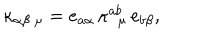
\kappa _ { \alpha \beta \ \mu } = e _ { a \alpha } \, \kappa _ { \ \ \mu } ^ { a b } \, e _ { b \beta } ,